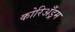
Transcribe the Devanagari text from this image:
कोरिअँड्रम